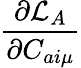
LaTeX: \frac{\partial\mathcal{L}_{A}}{\partial C_{ai\mu}}